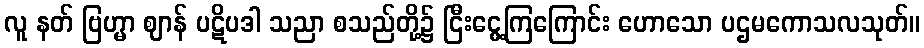
လူ နတ် ဗြဟ္မာ ဈာန် ပဋိပဒါ သညာ စသည်တို့၌ ငြီးငွေ့ကြကြောင်း ဟောသော ပဌမကောသလသုတ်။